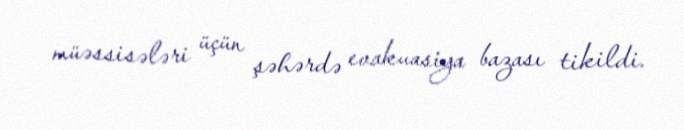
müəssisələri üçün şəhərdə evakuasiya bazası tikildi.